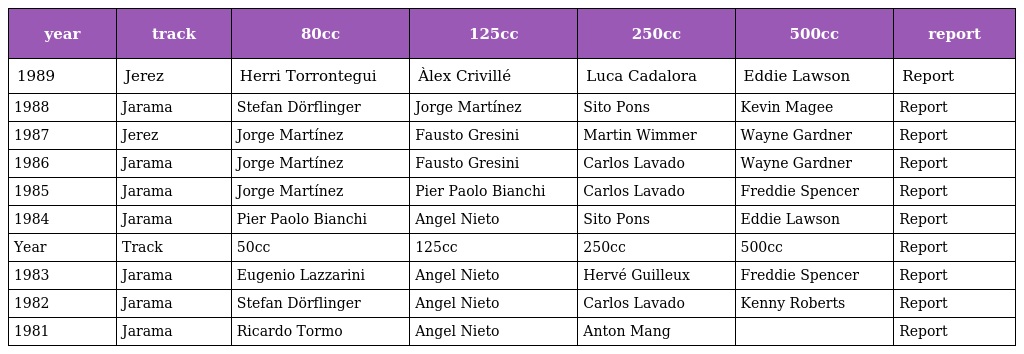
| year | track | 80cc | 125cc | 250cc | 500cc | report |
 | --- | --- | --- | --- | --- | --- | --- |
 | 1989 | Jerez | Herri Torrontegui | Àlex Crivillé | Luca Cadalora | Eddie Lawson | Report |
 | 1988 | Jarama | Stefan Dörflinger | Jorge Martínez | Sito Pons | Kevin Magee | Report |
 | 1987 | Jerez | Jorge Martínez | Fausto Gresini | Martin Wimmer | Wayne Gardner | Report |
 | 1986 | Jarama | Jorge Martínez | Fausto Gresini | Carlos Lavado | Wayne Gardner | Report |
 | 1985 | Jarama | Jorge Martínez | Pier Paolo Bianchi | Carlos Lavado | Freddie Spencer | Report |
 | 1984 | Jarama | Pier Paolo Bianchi | Angel Nieto | Sito Pons | Eddie Lawson | Report |
 | Year | Track | 50cc | 125cc | 250cc | 500cc | Report |
 | 1983 | Jarama | Eugenio Lazzarini | Angel Nieto | Hervé Guilleux | Freddie Spencer | Report |
 | 1982 | Jarama | Stefan Dörflinger | Angel Nieto | Carlos Lavado | Kenny Roberts | Report |
 | 1981 | Jarama | Ricardo Tormo | Angel Nieto | Anton Mang |  | Report |